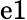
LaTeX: \mathrm{e}1